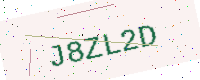
Text: J8ZL2D